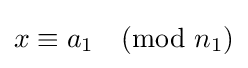
x\equiv a_{1}{\pmod {n_{1}}}